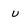
Character: U